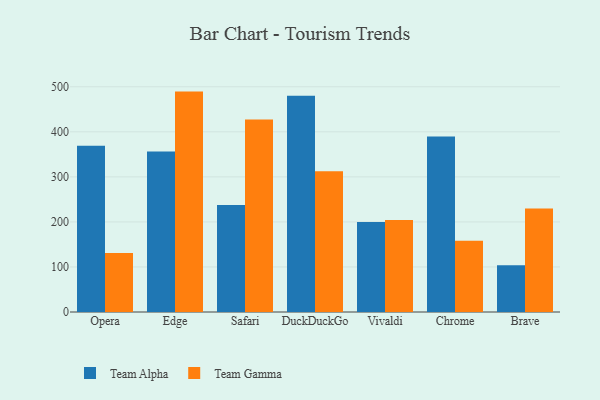
{"axis": {"x": "Browser", "y": "Waste Production (Tons)"}, "legend": ["Team Alpha", "Team Gamma"], "data": [{"x": "Opera", "y": 369.3, "type": "Team Alpha"}, {"x": "Opera", "y": 131.1, "type": "Team Gamma"}, {"x": "Edge", "y": 356.3, "type": "Team Alpha"}, {"x": "Edge", "y": 489.3, "type": "Team Gamma"}, {"x": "Safari", "y": 237.3, "type": "Team Alpha"}, {"x": "Safari", "y": 427.5, "type": "Team Gamma"}, {"x": "DuckDuckGo", "y": 479.9, "type": "Team Alpha"}, {"x": "DuckDuckGo", "y": 312.2, "type": "Team Gamma"}, {"x": "Vivaldi", "y": 200.0, "type": "Team Alpha"}, {"x": "Vivaldi", "y": 204.3, "type": "Team Gamma"}, {"x": "Chrome", "y": 389.7, "type": "Team Alpha"}, {"x": "Chrome", "y": 158.0, "type": "Team Gamma"}, {"x": "Brave", "y": 103.7, "type": "Team Alpha"}, {"x": "Brave", "y": 229.8, "type": "Team Gamma"}]}